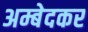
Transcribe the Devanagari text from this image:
अम्बेदकर